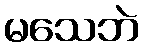
မသေဘဲ